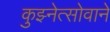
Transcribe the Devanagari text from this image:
कुझ्नेत्सोवाने